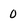
Character: 0